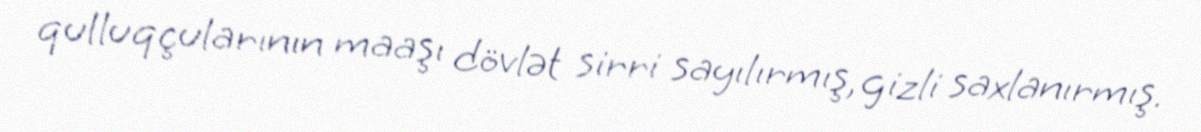
qulluqçularının maaşı dövlət sirri sayılırmış, gizli saxlanırmış.